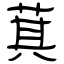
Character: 萁